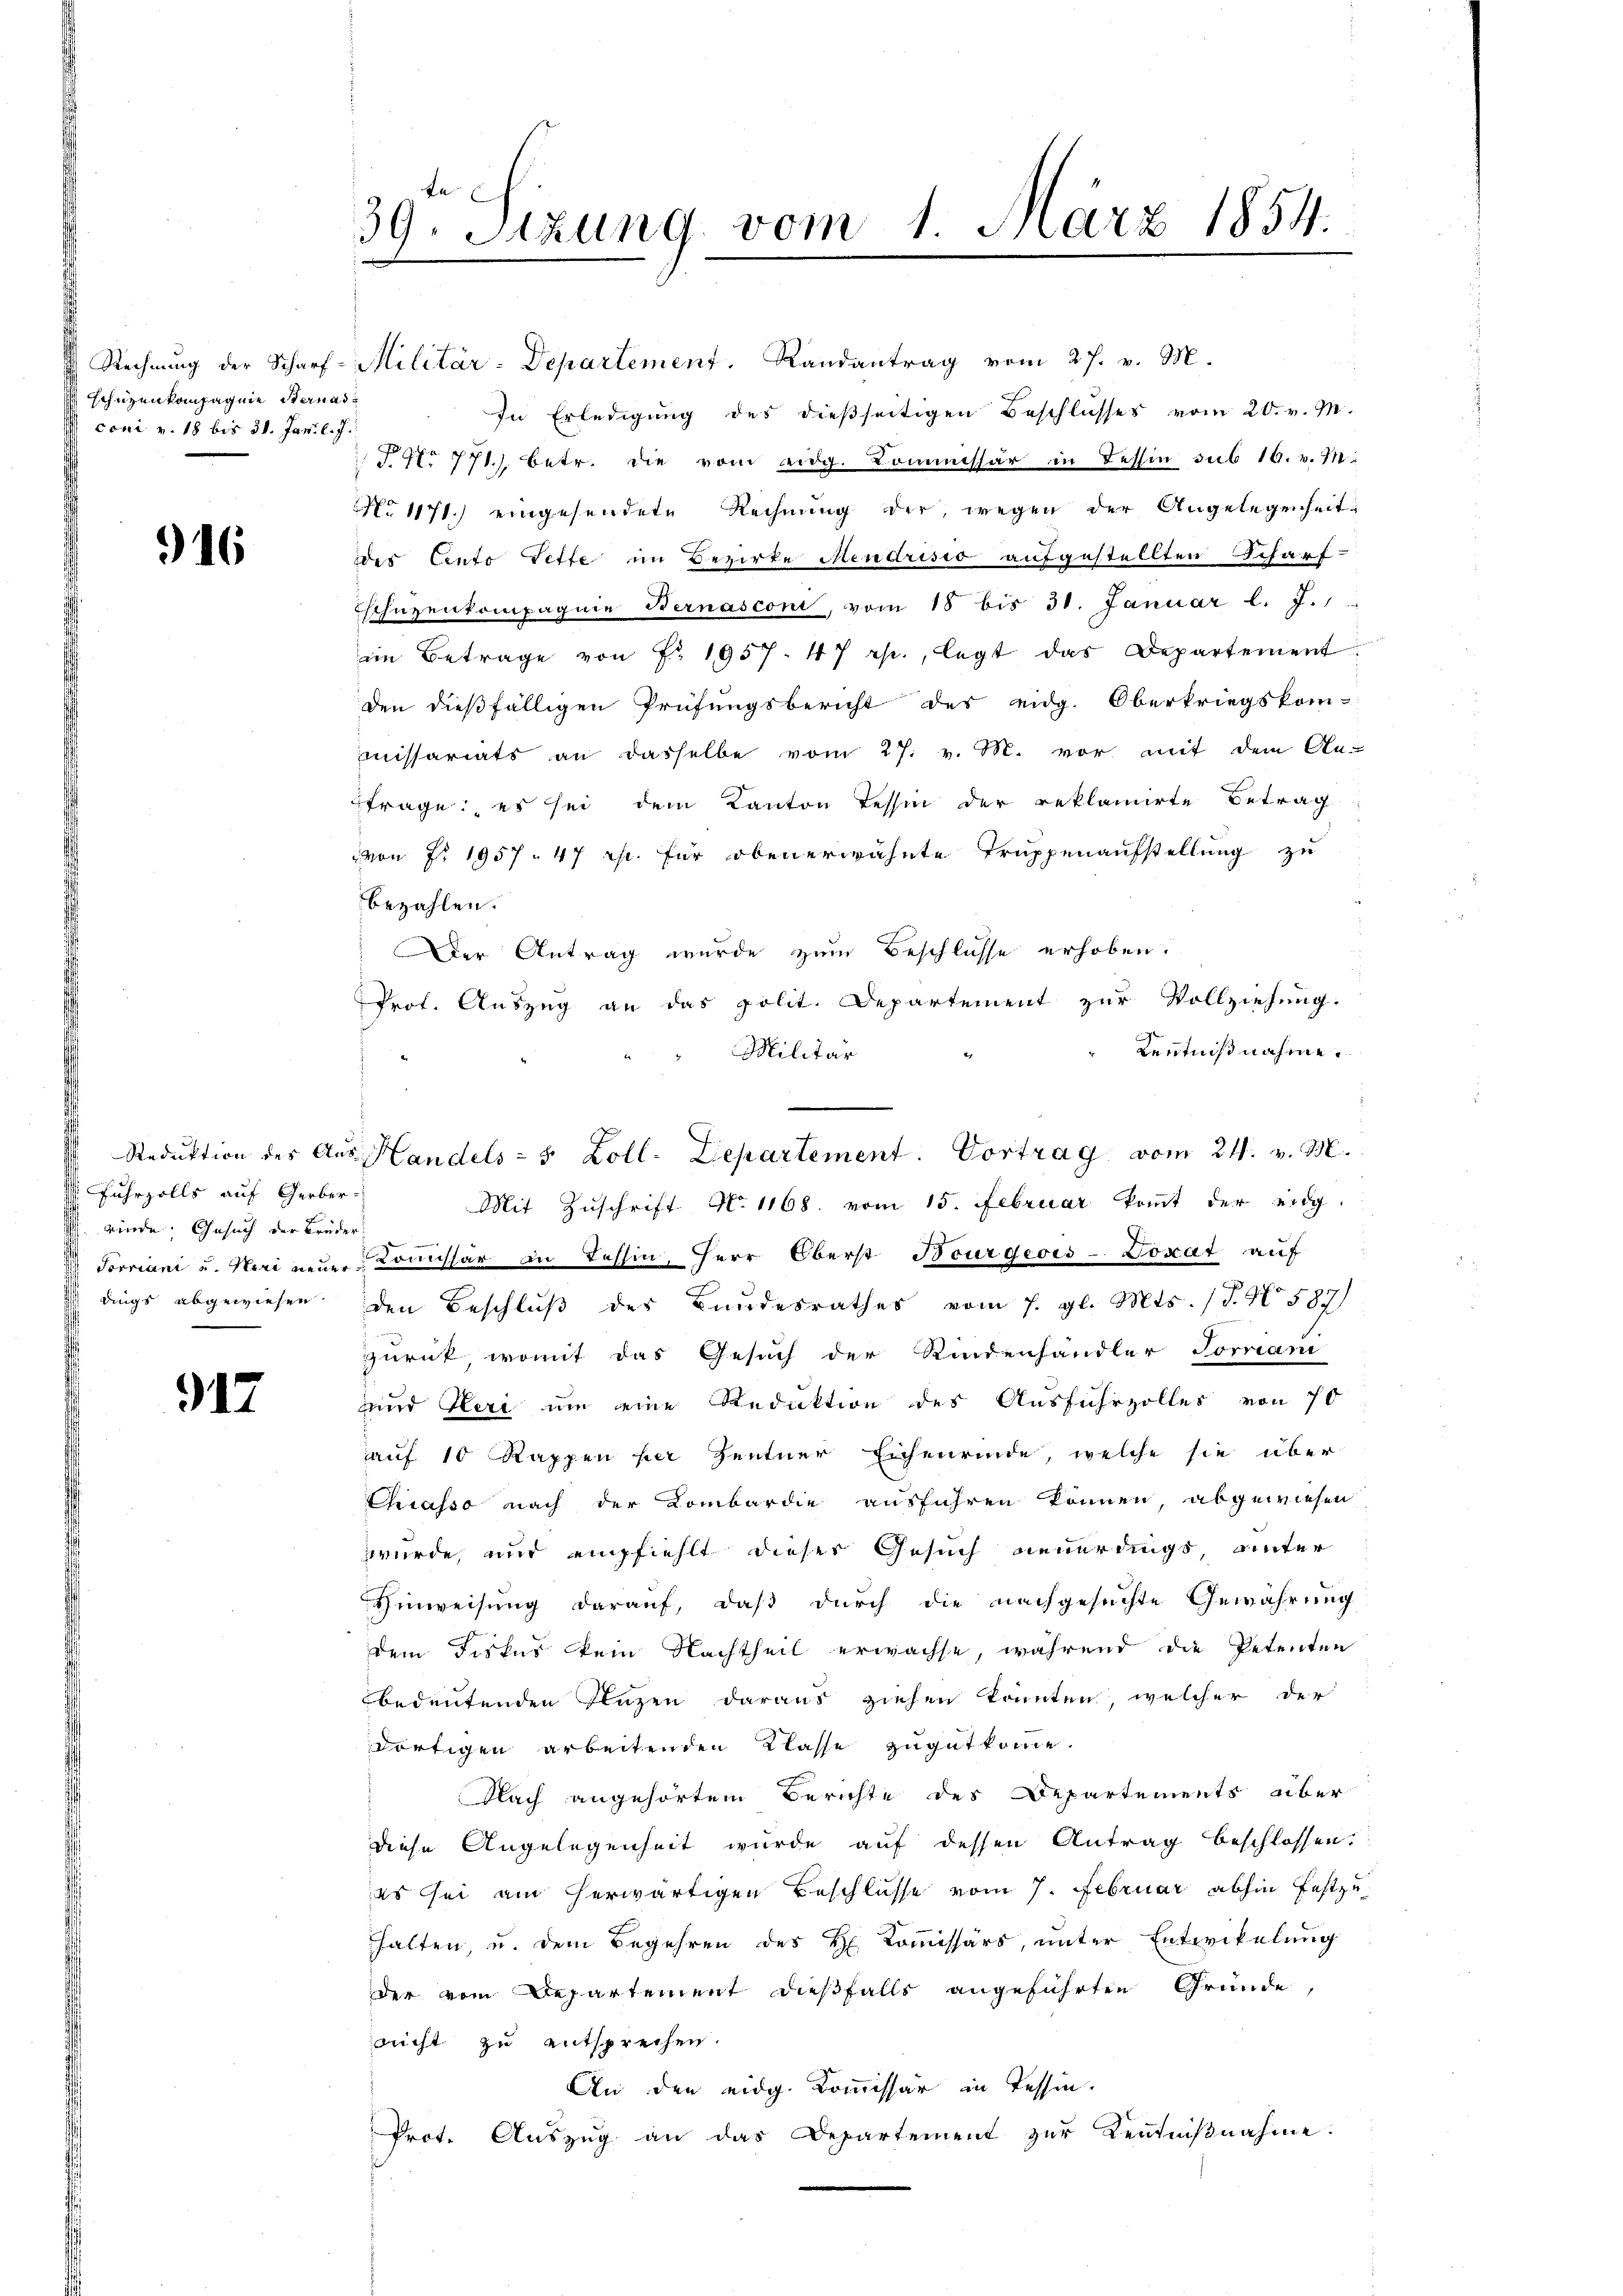
schüzenkompagnie Sternasconi v. 18 bis 31. Jani l. J.

916

uhrzolls auf Gerber
winde. Gesuch der Brüder
dings abgewiesen

917

te- |
39. Sizung vom 1. März 1854.

In Erledigung des dießseitigen Beschlusses vom 20. v. M.
Nr 771.) betr. die vom eidg. Kommissär in Tessin sub 16. v. M.
No 1171.) eingesendete Rechnung der, wegen der Angelegenheit
des Cento Tette im Bezirke Mendrisio aufgestellten Scharfschützenkompagnie Bernasconi, vom 18 bis 31. Januar l. J.
im Betrage von Fr. 1957. 47 rp., legt das Departement
den dießfälligen Prüfŭngsbericht des eidg. Oberkriegskom-
missariats an dasselbe vom 27. v. M. vor mit dem An-
trage; es sei dem Kanton Tessin der reklamirte Betrag
von Fr. 1957. 47 Rp. für obenerwähnte Truppenaufstellung zu
bezahlen.
Der Antrag wurde zum Beschlüsse erhoben.
Prof. Auszug an das polit. Departement zur Vollziehung.
Kenntnißnahme.
Militär
Mit Zuschrift No. 1168. vom 15. Februar kommt der eidg
Forriani u. Heri neuer Comissär in Tessin, Herr Oberst Bourgeois-Vosat auf
den Beschluß des Bundesrathes vom 7. gl. Mts. (T. N. 587)
zurück, womit das Gesuch der Kindenhändler Forriani
uund Heri um eine Reduktion des Ausfuhrzolles von 70
auf 10 Rappen per Zentner Eichenrinde, welche sie über¬
Chiasso nach der Lombardie ausführen können, abgewiesen
wurde, und empfiehlt dieser Gesuch neuerdings, unter
Hinweisung darauf, daß durch die nachgesuchte Gewährung
dem Fiskus kein Nachtheil erwachse, während die Petenten
bedeutenden Plazen daraus ziehen konnten, welcher der
dortigen arbeitenden Klasse zugutkomme.
Nach angehörtem Berichte des Departements über
diese Angelegenheit wurde auf dessen Antrag beschlossen.
es sei am herwärtigen Beschlusse vom 7. Februar abhin festzuhalten, u. dem Begehren des H. Kommissärs, unter Entwickelung
der vom Departement dießfalls angeführten Gründe,
nicht zu entsprechen.
An den eidg. Kommissär in Tessin.
Prot. Auszug an das Departement zur Kentniβnahme.

Rechnung der Scharf-Militär-Departement. Randantrag vom 27. v. M.

Reduktion des Aŭs Handels- 5 Zoll-Departement. Vortrag vom 24. v. M.